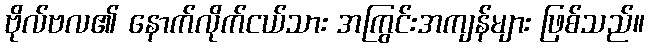
ဗိုလ်ဗလ၏ နောက်လိုက်ငယ်သား အကြွင်းအကျန်များ ဖြစ်သည်။